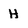
Character: H